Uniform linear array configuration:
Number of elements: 12
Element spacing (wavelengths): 0.75
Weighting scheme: exponential
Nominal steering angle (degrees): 45
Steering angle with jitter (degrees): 44.736
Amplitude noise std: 0.05
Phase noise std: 0.05

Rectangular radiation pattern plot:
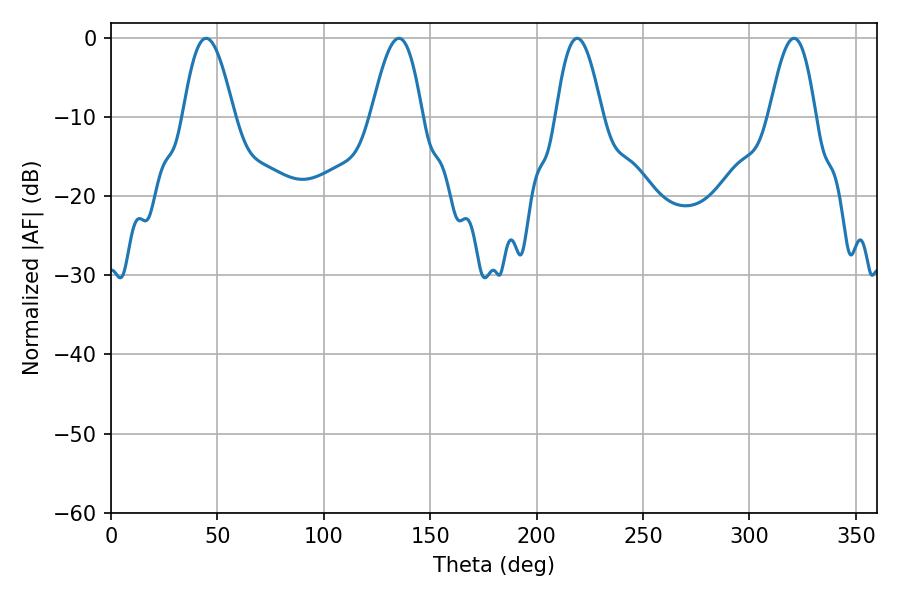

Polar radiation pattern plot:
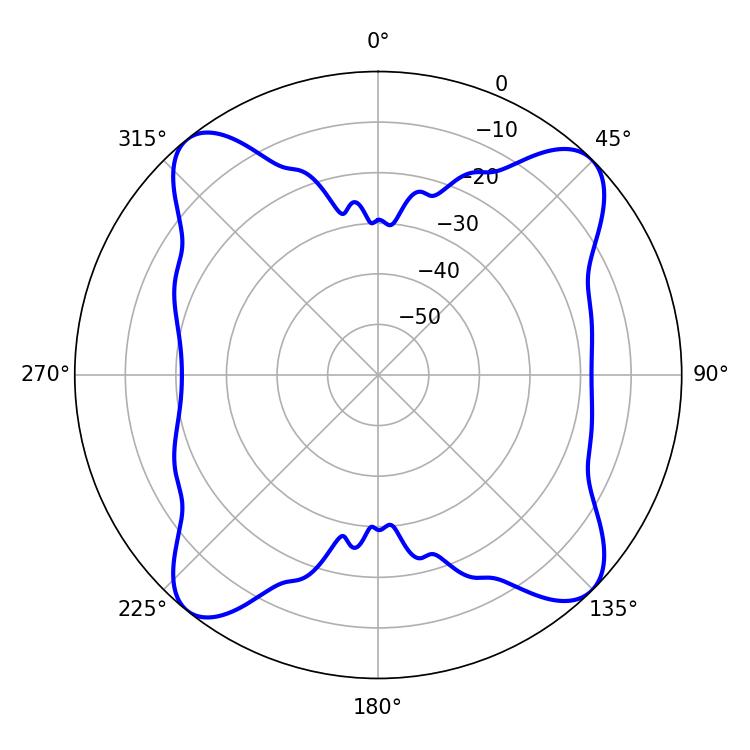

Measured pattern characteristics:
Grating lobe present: TRUE
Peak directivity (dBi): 14.732
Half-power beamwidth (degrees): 11.7
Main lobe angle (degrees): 219.06